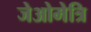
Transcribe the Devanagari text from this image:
जेओमेत्रि